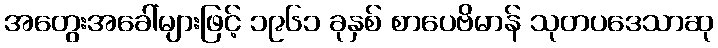
အတွေးအခေါ်များဖြင့် ၁၉၆၁ ခုနှစ် စာပေဗိမာန် သုတပဒေသာဆု